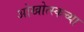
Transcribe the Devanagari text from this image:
ओखोत्स्कच्या